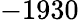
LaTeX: -1930